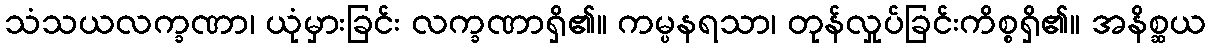
သံသယလက္ခဏာ၊ ယုံမှားခြင်း လက္ခဏာရှိ၏။ ကမ္ပနရသာ၊ တုန်လှုပ်ခြင်းကိစ္စရှိ၏။ အနိစ္ဆယ